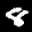
Label: 8